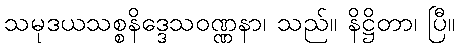
သမုဒယသစ္စနိဒ္ဒေသဝဏ္ဏနာ၊ သည်။ နိဋ္ဌိတာ၊ ပြီ။